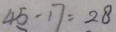
4 5 - 1 7 = 2 8